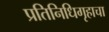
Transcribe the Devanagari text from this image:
प्रतिनिधिगृहाचा